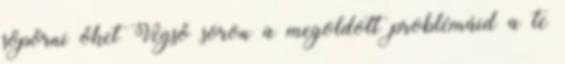
söpörni őket Végső soron a megoldott problémáid a te